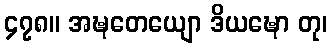
၄၇၈။ အဍ္ဎတေယျော ဒိယဍ္ဎော တု၊